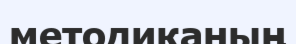
методиканың